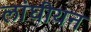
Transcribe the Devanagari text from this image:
लांघीयन